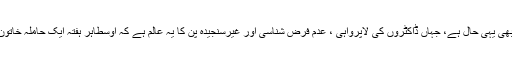
ضلع اسپتال راجوری کا بھی یہی حال ہے، جہاں ڈاکٹروں کی لاپرواہی ، عدم فرض شناسی اور غیرسنجیدہ پن کا یہ عالم ہے کہ اوسطاًہر ہفتہ ایک حاملہ خاتون کی موت واقع ہوتی ہے۔